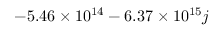
- 5 . 4 6 \times 1 0 ^ { 1 4 } - 6 . 3 7 \times 1 0 ^ { 1 5 } j